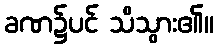
ခဏ၌ပင် သိသွား၏။